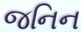
જનિન